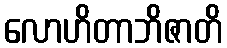
လောဟိတာဘိဇာတိ